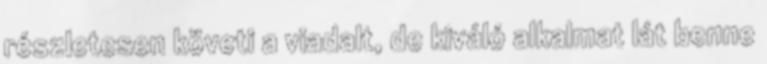
részletesen követi a viadalt, de kiváló alkalmat lát benne